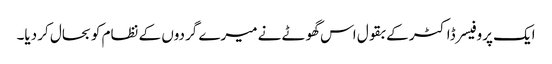
ایک پروفیسر ڈاکٹر کے بقول اس گھوٹے نے میرے گردوں کے نظام کو بحال کر دیا۔